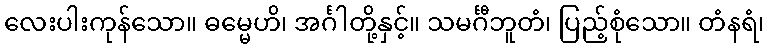
လေးပါးကုန်သော။ ဓမ္မေဟိ၊ အင်္ဂါတို့နှင့်။ သမင်္ဂီဘူတံ၊ ပြည့်စုံသော။ တံနရံ၊